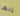
إنها